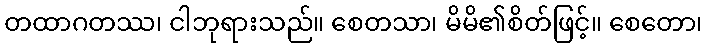
တထာဂတဿ၊ ငါဘုရားသည်။ စေတသာ၊ မိမိ၏စိတ်ဖြင့်။ စေတော၊